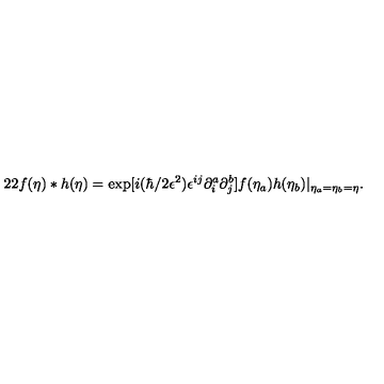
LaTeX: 2 2 f ( { \bf \eta } ) * h ( { \bf \eta } ) = \exp [ i ( \hbar / 2 \epsilon ^ { 2 } ) \epsilon ^ { i j } \partial _ { i } ^ { a } \partial _ { j } ^ { b } ] f ( { \bf \eta } _ { a } ) h ( { \bf \eta } _ { b } ) | _ { { \bf \eta } _ { a } = { \bf \eta } _ { b } = { \bf \eta } } .